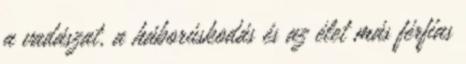
a vadászat, a háborúskodás és az élet más férfias